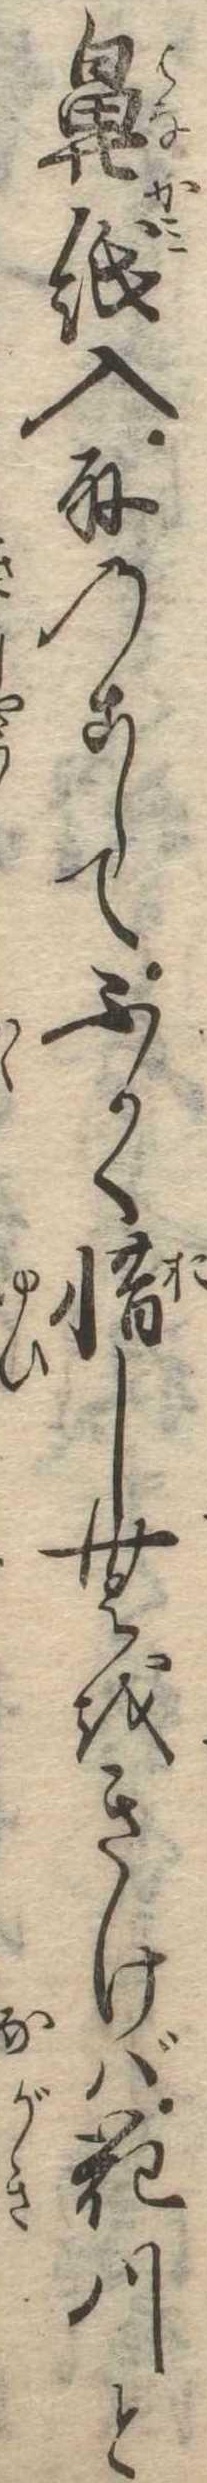
鼻紙入取のこしてふかく惜しむをきけば花川と